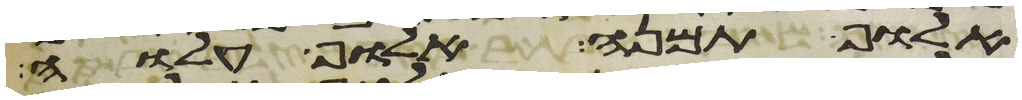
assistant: אלוף תמנע אלוף עלוה